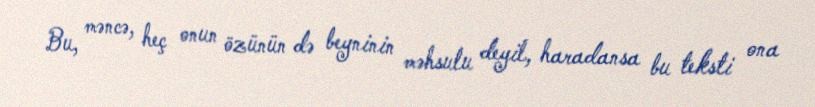
Bu, məncə, heç onun özünün də beyninin məhsulu deyil, haradansa bu teksti ona